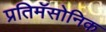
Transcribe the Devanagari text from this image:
प्रतिमॅसोनिक